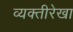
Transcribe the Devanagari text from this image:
व्यक्तीरेखा